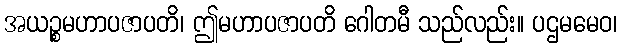
အယဉ္စမဟာပဇာပတိ၊ ဤမဟာပဇာပတိ ဂေါတမီ သည်လည်း။ ပဌမမေဝ၊